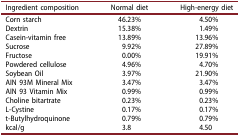
<table><thead><tr><td><b>Ingredient composition</b></td><td><b>Normal diet</b></td><td><b>High-energy diet</b></td></tr></thead><tbody><tr><td>Corn starch</td><td>46.23%</td><td>4.50%</td></tr><tr><td>Dextrin</td><td>15.38%</td><td>1.49%</td></tr><tr><td>Casein-vitamin free</td><td>13.89%</td><td>13.96%</td></tr><tr><td>Sucrose</td><td>9.92%</td><td>27.89%</td></tr><tr><td>Fructose</td><td>0.00%</td><td>19.91%</td></tr><tr><td>Powdered cellulose</td><td>4.96%</td><td>4.70%</td></tr><tr><td>Soybean Oil</td><td>3.97%</td><td>21.90%</td></tr><tr><td>AIN 93M Mineral Mix</td><td>3.47%</td><td>3.47%</td></tr><tr><td>AIN 93 Vitamin Mix</td><td>0.99%</td><td>0.99%</td></tr><tr><td>Choline bitartrate</td><td>0.23%</td><td>0.23%</td></tr><tr><td>L-Cystine</td><td>0.17%</td><td>0.17%</td></tr><tr><td>t-Butylhydroquinone</td><td>0.79%</td><td>0.79%</td></tr><tr><td>kcal/g</td><td>3.8</td><td>4.50</td></tr></tbody></table>